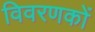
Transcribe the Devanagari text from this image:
विवरणकों